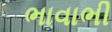
ભાવાભી